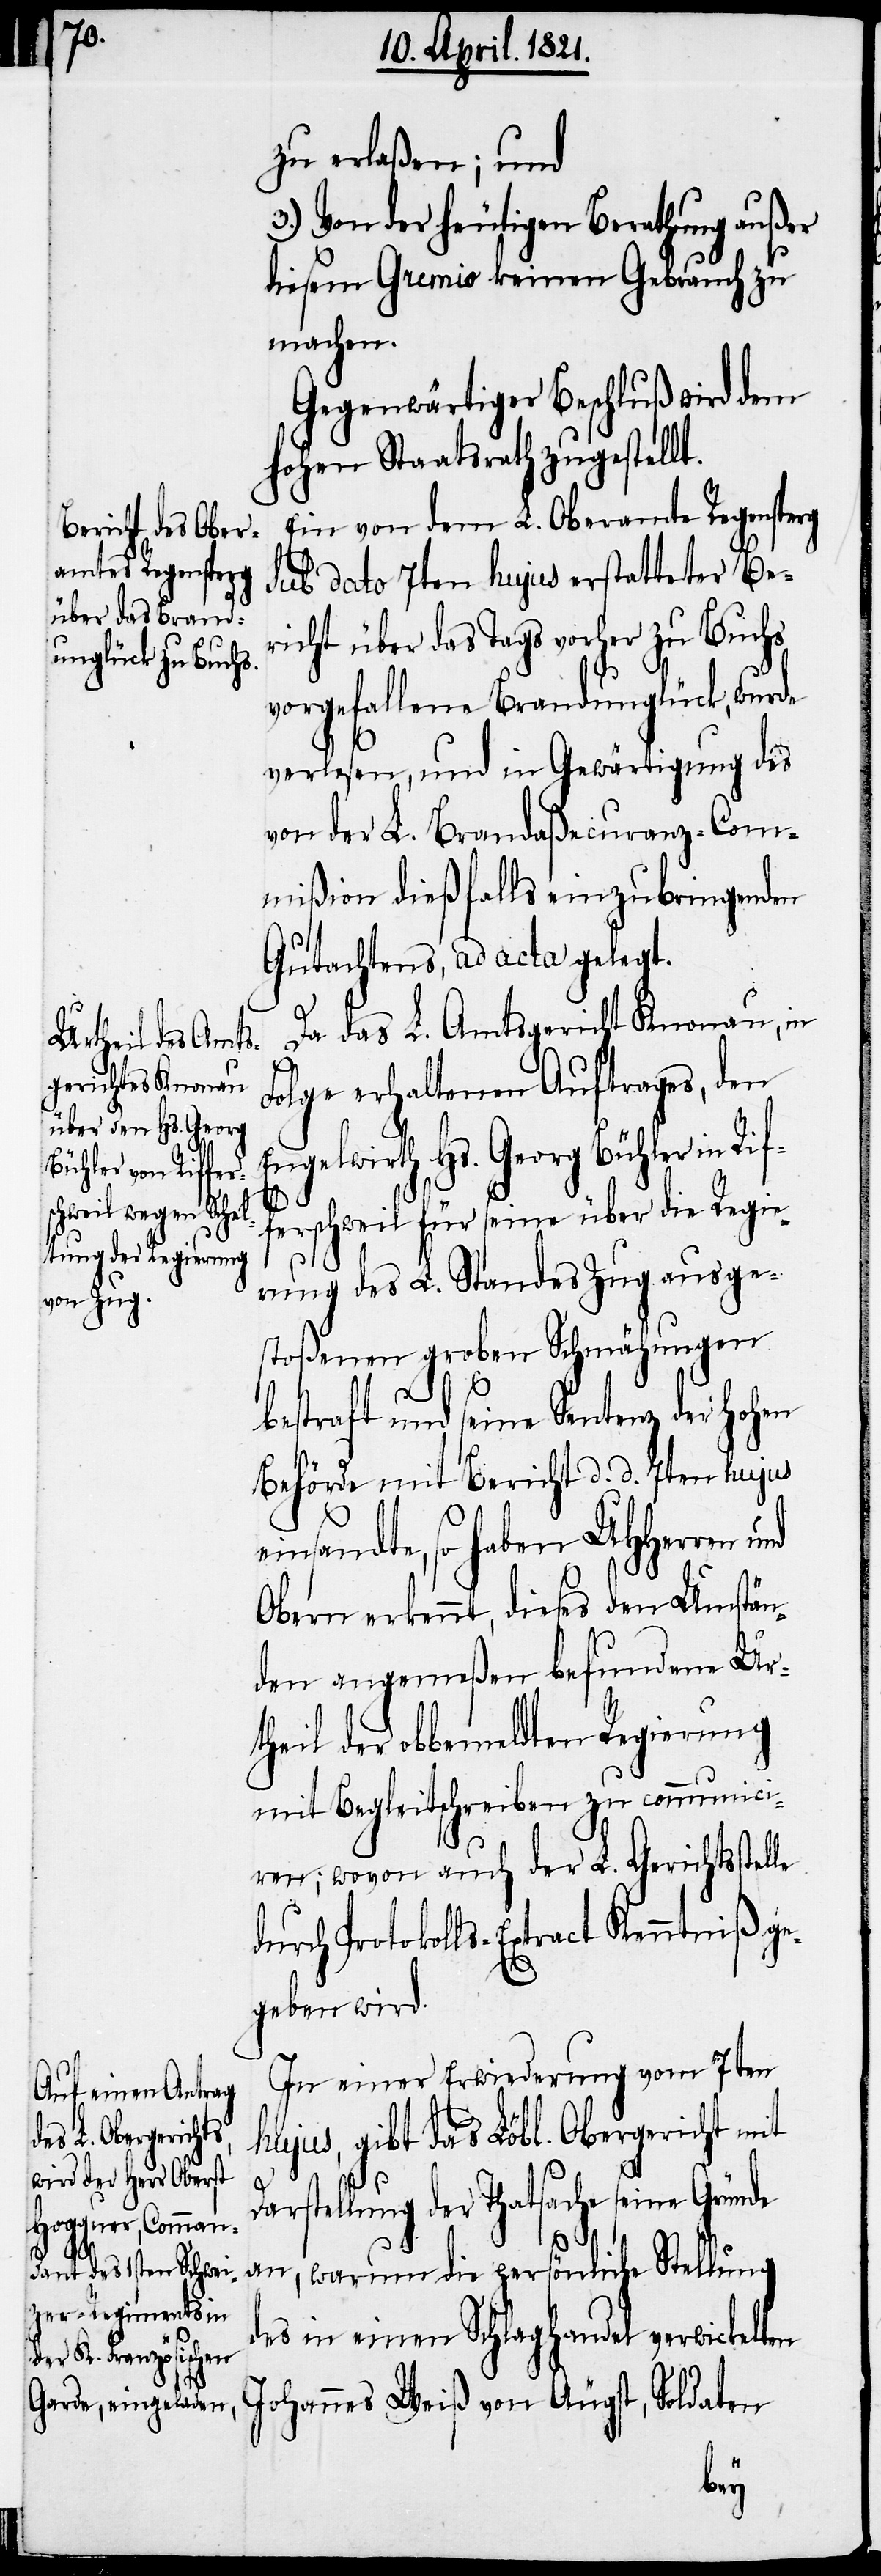
zu erlaßen; und
3.) Von der heutigen Berathung außer
diesem Gremio keinen Gebrauch zu
machen.
Gegenwärtiger Beschluß wird dem
hohen Staatsrath zugestellt.
Ein von dem L. Oberamte Regensperg
sub dato 7ten hujus erstatteter Be¬
richt über das Tags vorher zu Buchs
vorgefallene Brandunglück, wurde
verlesen, und in Gewärtigung des
von der L. Brandaßecuranz-Com¬
mißion dießfalls einzubringenden
Gutachtens, ad acta gelegt.
Da das L. Amtsgericht Knonau, in
Folge erhaltenen Auftrages, den
ngelwirth Hs. Georg
Büchler in Rif¬
ferschweil für seine über die Regie¬
rung des L. Standes Zug ausge¬
stoßenen groben Schmähungen
bestraft und seine Sentenz der hohen
Behörde mit Bericht d. d. 7ten hujus
einsandte, so haben UHHerren
Obern erkennt, dieses den Umstän¬
den angemeßen befundene Ur¬
theil der obbemeldten Regierung
mit Begleitschreiben zu communici¬
ren; wovon auch der L. Gerichtsstelle
durch Protokolls-Extract Kenntniß ge¬
geben wird.
In einer Erwiederung vom 7ten
hujus, gibt das Löbl. Obergericht mit
Darstellung der Thatsache seine Gründe
an, warum die persönliche Stellung
des in einen Schlaghandel verwickelt¬
E¬
en Johannes Weiß von Äugst, Soldaten